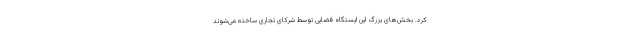
کرد. بخش‌های بزرگ این ایستگاه فضایی توسط شرکای تجاری ساخته می‌شوند